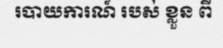
របាយការណ៍ របស់ ខ្លួន ពី